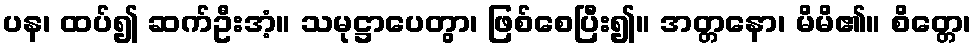
ပန၊ ထပ်၍ ဆက်ဦးအံ့။ သမုဋ္ဌာပေတွာ၊ ဖြစ်စေပြီး၍။ အတ္တနော၊ မိမိ၏။ စိတ္တေ၊